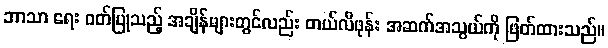
ဘာသာ ရေး ဝတ်ပြုသည့် အချိန်များတွင်လည်း တယ်လီဖုန်း အဆက်အသွယ်ကို ဖြတ်ထားသည်။